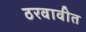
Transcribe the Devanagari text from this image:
ठरवावीत